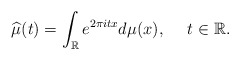
\begin{align*}{\widehat\mu}(t)=\int_{\mathbb{R}}e^{2\pi itx}d\mu(x),\ \ \ \ t\in\mathbb{R}.\end{align*}